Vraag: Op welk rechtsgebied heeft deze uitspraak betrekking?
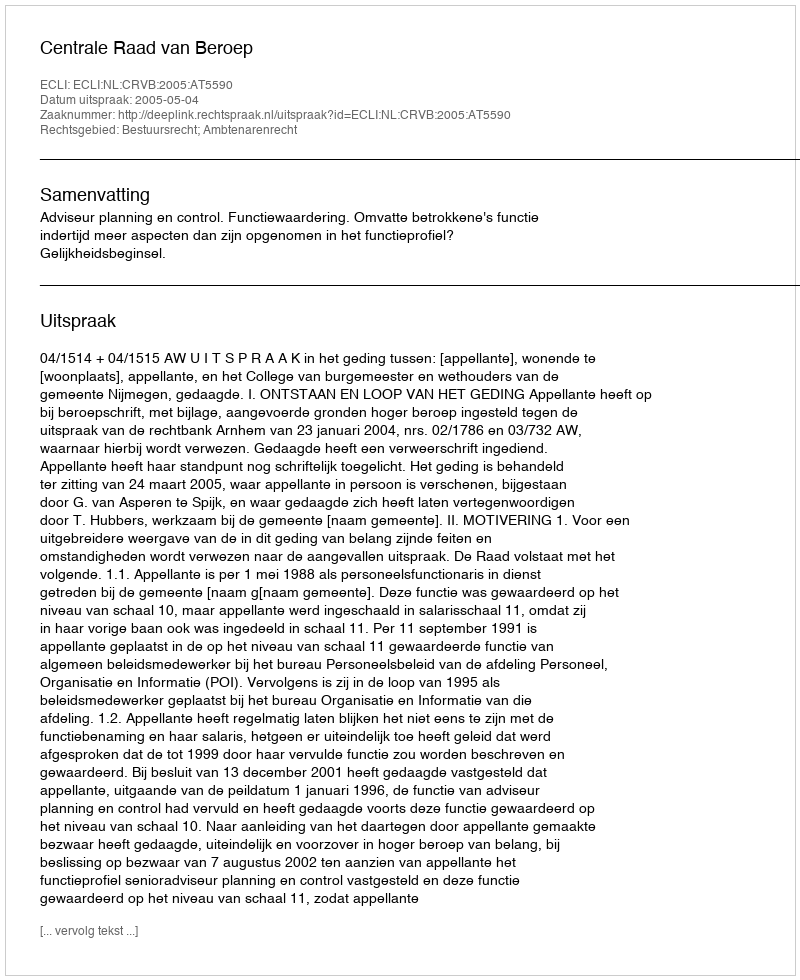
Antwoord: Bestuursrecht; Ambtenarenrecht